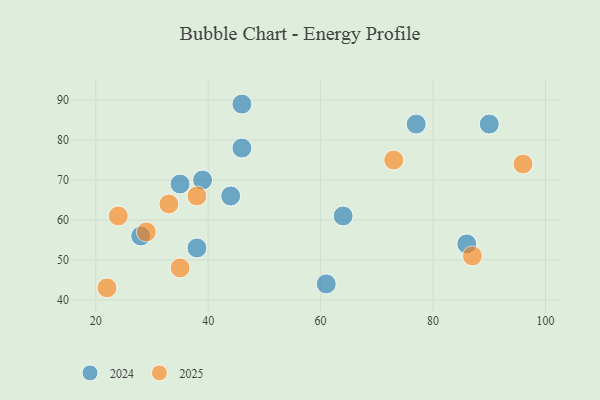
{"axis": {"x": "GDP", "y": "Life Expectancy"}, "legend": ["2024", "2025"], "data": [{"x": "46", "y": 89, "type": "2024"}, {"x": "46", "y": 78, "type": "2024"}, {"x": "28", "y": 56, "type": "2024"}, {"x": "38", "y": 53, "type": "2024"}, {"x": "64", "y": 61, "type": "2024"}, {"x": "61", "y": 44, "type": "2024"}, {"x": "90", "y": 84, "type": "2024"}, {"x": "77", "y": 84, "type": "2024"}, {"x": "44", "y": 66, "type": "2024"}, {"x": "86", "y": 54, "type": "2024"}, {"x": "39", "y": 70, "type": "2024"}, {"x": "35", "y": 69, "type": "2024"}, {"x": "35", "y": 48, "type": "2025"}, {"x": "24", "y": 61, "type": "2025"}, {"x": "38", "y": 66, "type": "2025"}, {"x": "96", "y": 74, "type": "2025"}, {"x": "22", "y": 43, "type": "2025"}, {"x": "87", "y": 51, "type": "2025"}, {"x": "29", "y": 57, "type": "2025"}, {"x": "73", "y": 75, "type": "2025"}, {"x": "33", "y": 64, "type": "2025"}]}